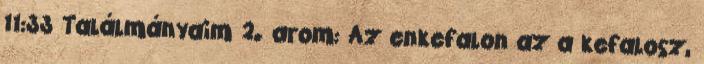
11:33 Találmányaim 2. arom: Az enkefalon az a kefalosz,